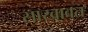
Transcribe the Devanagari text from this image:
साखावत